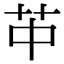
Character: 𦬕